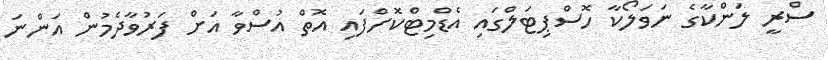
ސްރީ ލަންކާގެ ނަވަލޯކާ ހޮސްޕިޓަލްގައި އެޑްމިޓްކޮށްފައި އޮތް އުސްވާ އަށް ފަރުވާދެމުން އަންނަ